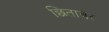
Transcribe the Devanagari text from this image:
छितावर